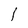
Character: 1